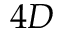
4 D